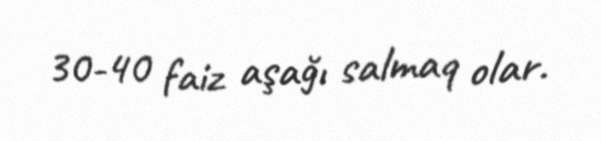
30-40 faiz aşağı salmaq olar.